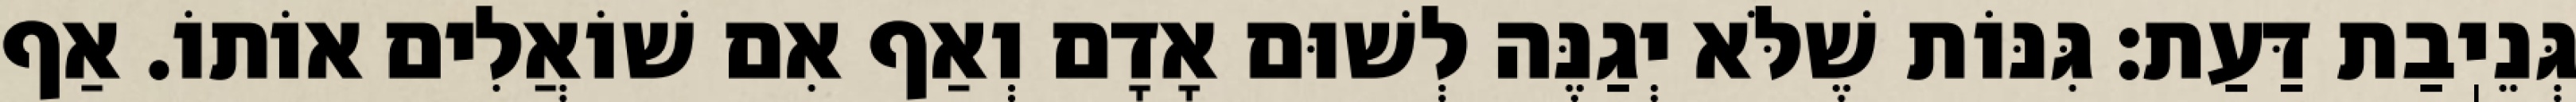
גְּנֵיֽבַת דַּעַת: גִּנּוֹת שֶׁלֹּא יְגַנֶּה לְשׁוּם אָדָם וְאַף אִם שׁוֹאֲלִים אוֹתוֹ. אַף